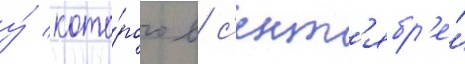
у́ кото́рого в с'ент'ябр'е́